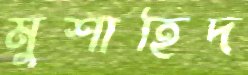
মুশাহিদ